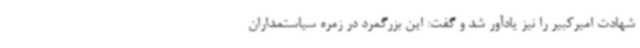
شهادت امیرکبیر را نیز یادآور شد و گفت: این بزرگمرد در زمره سیاستمداران